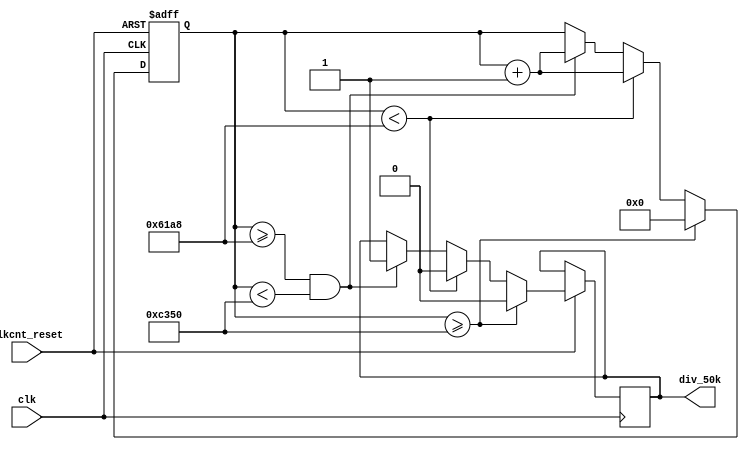
module clock_div_50k(clk, clkcnt_reset,  div_50k);
     input clk;
     input clkcnt_reset;
    output div_50k;
      reg div_50k;
     reg [19:0] cnt;
  always @(negedge clkcnt_reset or posedge clk)begin
  if(~clkcnt_reset) cnt <= 0;
  else if (cnt >= 50000) begin
          div_50k <= 0;
          cnt <= 0; end
      else if (cnt < 25000) begin
          div_50k <= 0;
          cnt <= cnt + 1; end
      else if ((cnt >= 25000) && (cnt < 50000)) begin   
            div_50k <= 1;
            cnt <= cnt + 1; end
  end 
endmodule